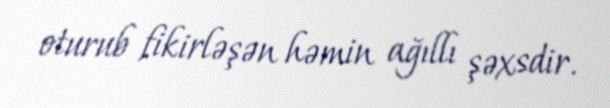
oturub fikirləşən həmin ağıllı şəxsdir.